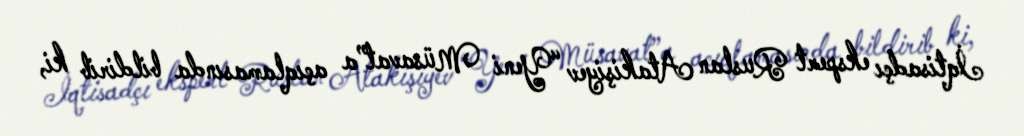
İqtisadçı ekspert Ruslan Atakişiyev “Yeni Müsavat”a açıqlamasında bildirib ki,